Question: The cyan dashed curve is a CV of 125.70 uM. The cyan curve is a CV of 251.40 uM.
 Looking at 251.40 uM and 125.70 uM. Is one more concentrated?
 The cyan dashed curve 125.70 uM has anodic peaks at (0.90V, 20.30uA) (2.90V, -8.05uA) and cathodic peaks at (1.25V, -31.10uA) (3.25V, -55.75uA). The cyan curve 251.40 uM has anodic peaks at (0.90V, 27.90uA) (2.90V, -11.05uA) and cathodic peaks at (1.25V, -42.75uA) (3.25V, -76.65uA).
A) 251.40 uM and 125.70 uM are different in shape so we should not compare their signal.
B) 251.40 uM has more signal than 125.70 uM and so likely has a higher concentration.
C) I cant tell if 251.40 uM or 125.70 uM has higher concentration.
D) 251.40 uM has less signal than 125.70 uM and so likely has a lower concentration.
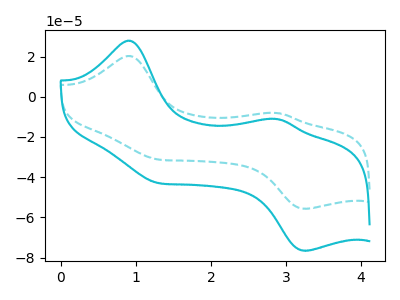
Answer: <think>All the peaks in "251.40 uM" have a peak in "125.70 uM" at the same potential.
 </think>
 <answer>C) I cant tell if "251.40 uM" or "125.70 uM" has higher concentration.</answer>
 <eval>C</eval>